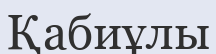
Қабиұлы